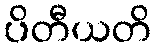
ပိတီယတိ